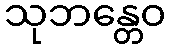
သုဘန္တေဝ